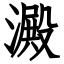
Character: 澱